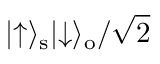
\lvert \uparrow \rangle _ { \mathrm { s } } \lvert \downarrow \rangle _ { \mathrm { o } } / \sqrt { 2 }